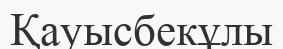
Қауысбекұлы